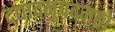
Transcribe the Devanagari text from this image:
दद्यादनुपदमहो